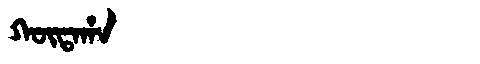
Manchu: ᡴᡡᡨᠠᡥᠠ
Romanization: KŪTAHA